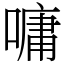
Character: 嘃